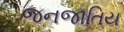
જનજાતિય